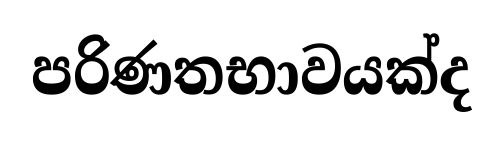
පරිණතභාවයක්ද